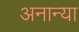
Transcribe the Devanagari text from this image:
अनान्या